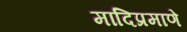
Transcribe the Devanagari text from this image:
मादिप्रमाणे